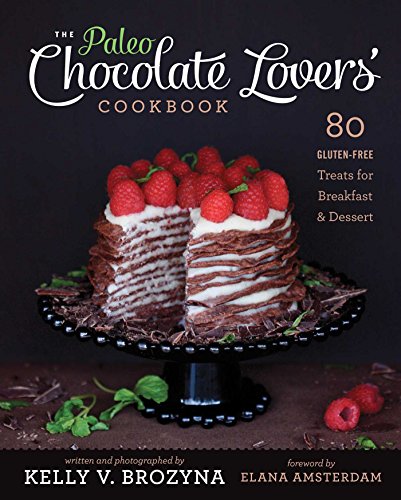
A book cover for The Paleo Chocolate Lovers' Cookbook: 80 Gluten-Free Treats for Breakfast & Dessert; Kelly V. Brozyna; Cookbooks, Food & Wine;